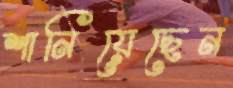
শানিয়েছেন